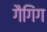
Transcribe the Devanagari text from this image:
गैगिंग